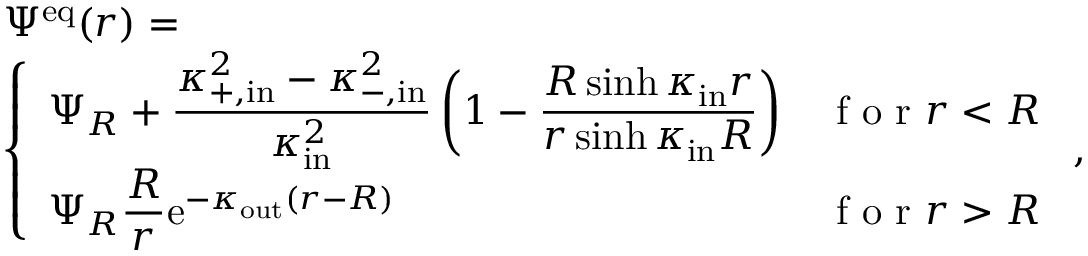
\begin{array} { r l } & { \Psi ^ { \mathrm { e q } } ( r ) = } \\ & { \left\{ \begin{array} { l l } { \displaystyle \Psi _ { R } + \frac { \kappa _ { \mathrm { + , i n } } ^ { 2 } - \kappa _ { \mathrm { - , i n } } ^ { 2 } } { \kappa _ { \mathrm { i n } } ^ { 2 } } \left( 1 - \frac { R \sinh \kappa _ { \mathrm { i n } } r } { r \sinh \kappa _ { \mathrm { i n } } R } \right) } & { \textrm { f o r } r < R } \\ { \displaystyle \Psi _ { R } \frac { R } { r } \mathrm { e } ^ { - \kappa _ { \mathrm { o u t } } ( r - R ) } } & { \textrm { f o r } r > R } \end{array} \right. , } \end{array}